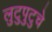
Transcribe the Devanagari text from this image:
लुटुपुटुचे